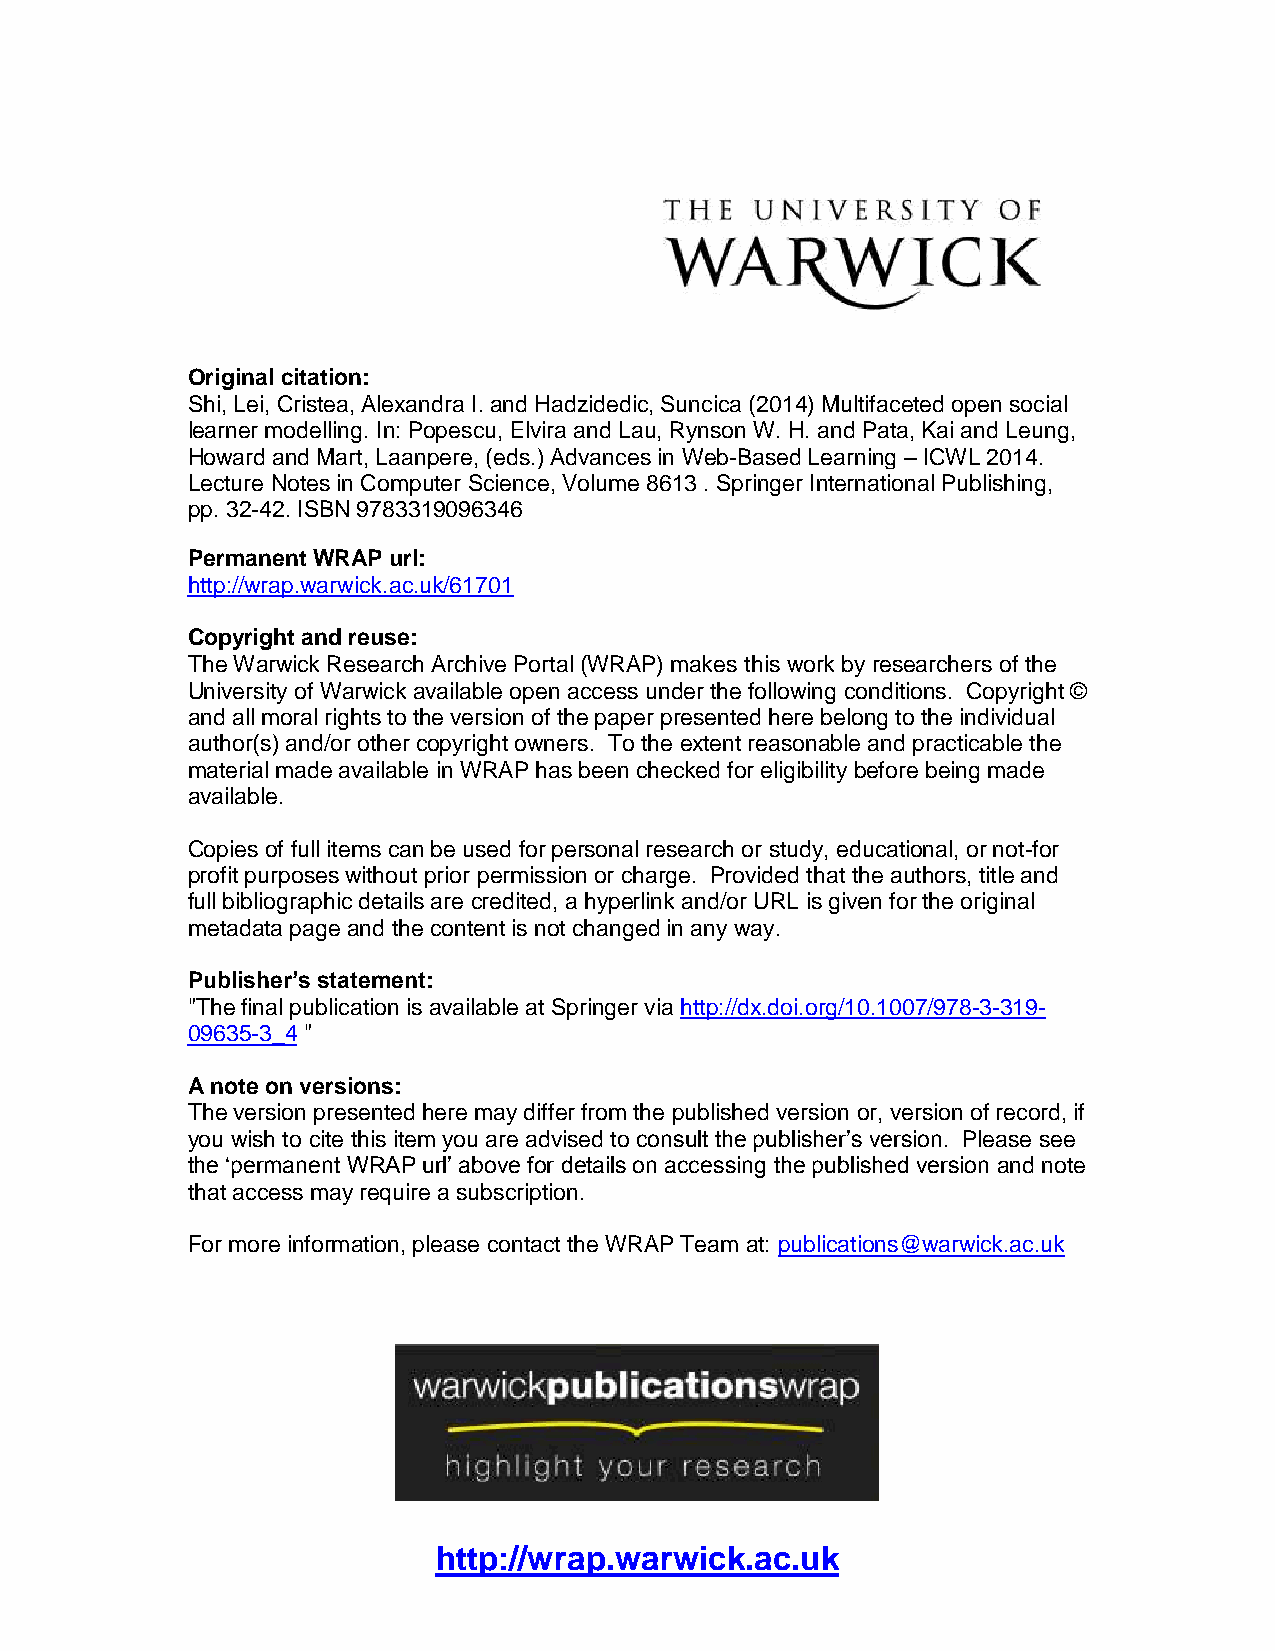
Original citation:
 Shi, Lei, Cristea, Alexandra I. and Hadzidedic, Suncica (2014) Multifaceted open social
 learner modelling. In: Popescu, Elvira and Lau, Rynson W. H. and Pata, Kai and Leung,
 Howard and Mart, Laanpere, (eds.) Advances in Web-Based Learning – ICWL 2014.
 Lecture Notes in Computer Science, Volume 8613 . Springer International Publishing,
 pp. 32-42. ISBN 9783319096346
 Permanent WRAP url:
 http://wrap.warwick.ac.uk/61701
 Copyright and reuse:
 The Warwick Research Archive Portal (WRAP) makes this work by researchers of the
 University of Warwick available open access under the following conditions. Copyright ©
 and all moral rights to the version of the paper presented here belong to the individual
 author(s) and/or other copyright owners. To the extent reasonable and practicable the
 material made available in WRAP has been checked for eligibility before being made
 available.
 Copies of full items can be used for personal research or study, educational, or not-for
 profit purposes without prior permission or charge. Provided that the authors, title and
 full bibliographic details are credited, a hyperlink and/or URL is given for the original
 metadata page and the content is not changed in any way.
 Publisher’s statement:
 "The final publication is available at Springer via http://dx.doi.org/10.1007/978-3-319-
 09635-3_4 "
 A note on versions:
 The version presented here may differ from the published version or, version of record, if
 you wish to cite this item you are advised to consult the publisher’s version. Please see
 the ‘permanent WRAP url’ above for details on accessing the published version and note
 that access may require a subscription.
 For more information, please contact the WRAP Team at: publications@warwick.ac.uk
 http://wrap.warwick.ac.uk